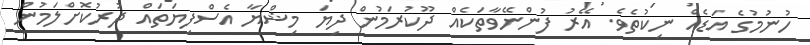
ހުނުމުގެ އަޑެއް ނިކުތެވެ. އޭރު ފުންނޭވާތަކެއް ދޫކުރަމުން ދިޔަ މިޝްޔާ އެސްފިޔަތައް ދުރުކޮށްލަމުން